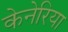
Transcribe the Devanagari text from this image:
केनेरिया